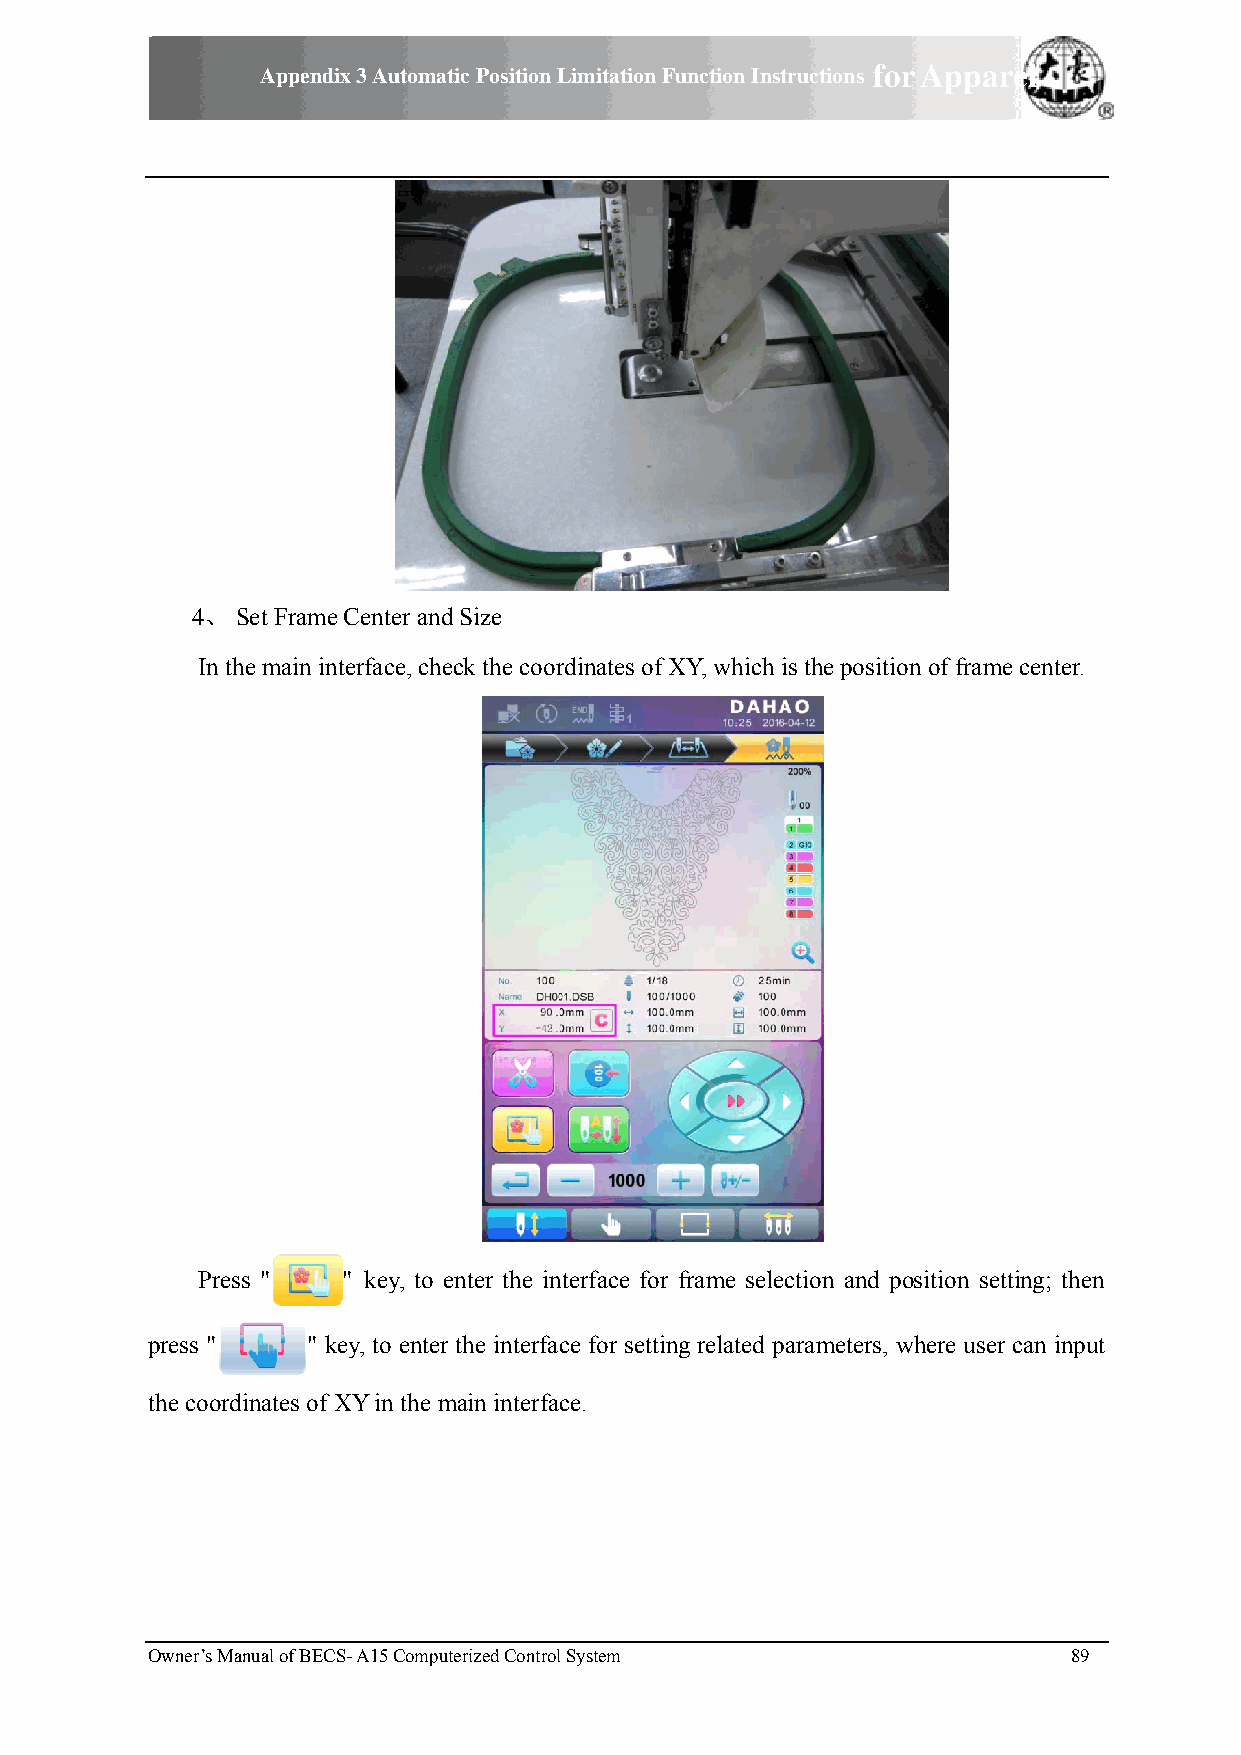
Appendiix 3 Automattic Position LLimitation FFunction Insttructions foor Apparrel
 EEmbroideery
 4、 Set Framee Center andd Size
 In the main innterface, cheeck the coorrdinates of XXY, which iis the position of framee center.
 Preess "  " key, to eenter the innterface for frame selection and pposition settting; then
 press "   " kkey, to enterr the interfacce for settinng related parameters, wwhere user can input
 the coorrdinates of XXY in the mmain interfacce.
 Owner’s MManual of BECS- A15 Computerized Controll System    89